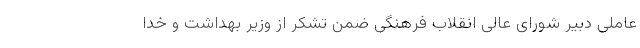
عاملی دبیر شورای عالی انقلاب فرهنگی ضمن تشکر از وزیر بهداشت و خدا